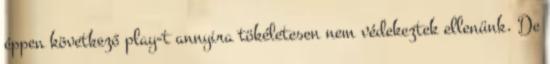
éppen következő play-t annyira tökéletesen nem védekeztek ellenünk. De